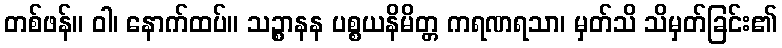
တစ်ဖန်။ ဝါ၊ နောက်ထပ်။ သဉ္စာနန ပစ္စယနိမိတ္တ ကရဏရသာ၊ မှတ်သိ သိမှတ်ခြင်း၏